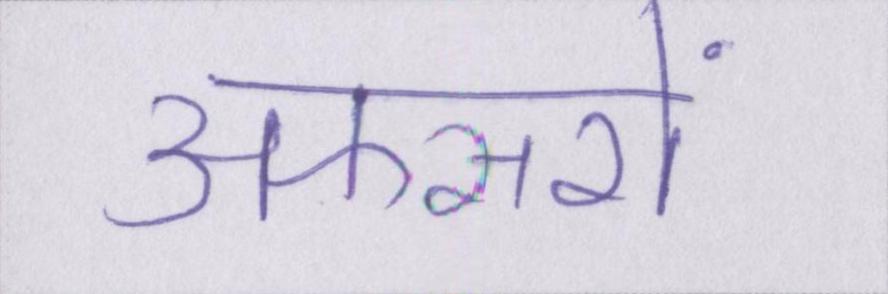
अफसरों